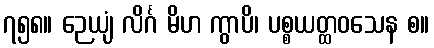
၇၅၈။ ဉေယျံ လိင်္ဂ မိဟ ကွာပိ၊ ပစ္စယတ္ထဝသေန စ။